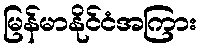
မြန်မာနိုင်ငံအကြား